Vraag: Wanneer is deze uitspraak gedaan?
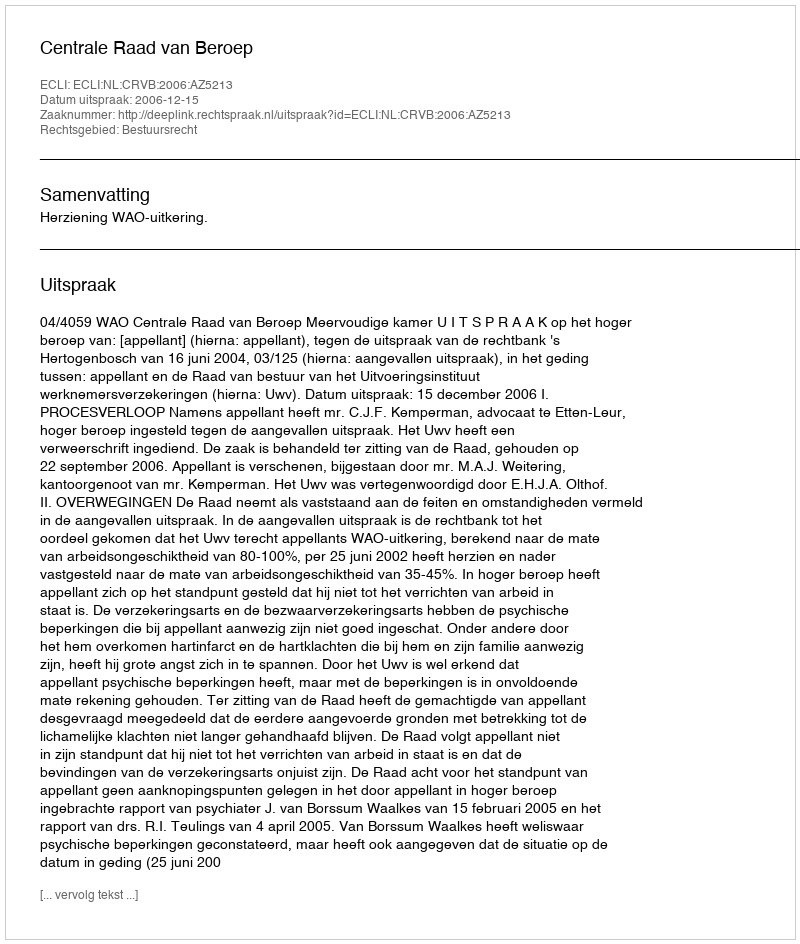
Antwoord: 2006-12-15